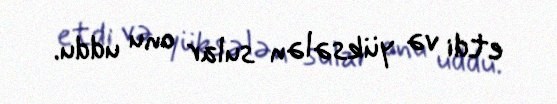
etdi və yüksələn sular onu uddu.